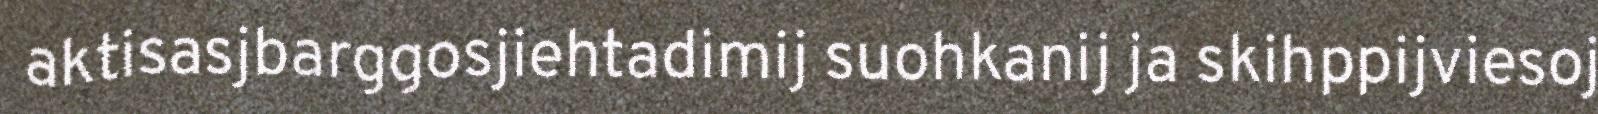
aktisasjbarggosjiehtadimij suohkanij ja skihppijviesoj